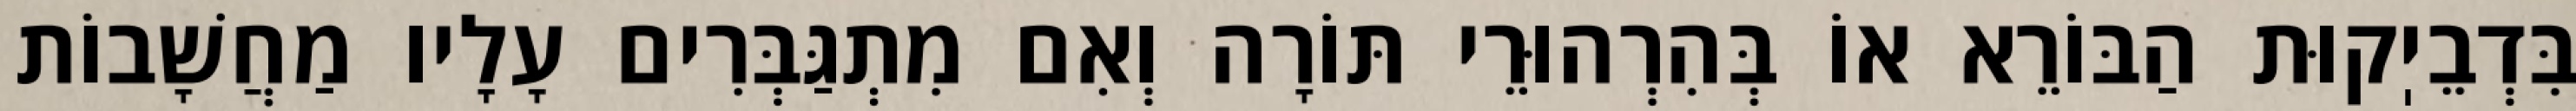
בִּדְבֵיֽקוּת הַבּוֹרֵא אוֹ בְּהִרְהוּרֵי תּוֹרָה וְאִם מִתְגַּבְּרִים עָלָיו מַחֲשָׁבוֹת